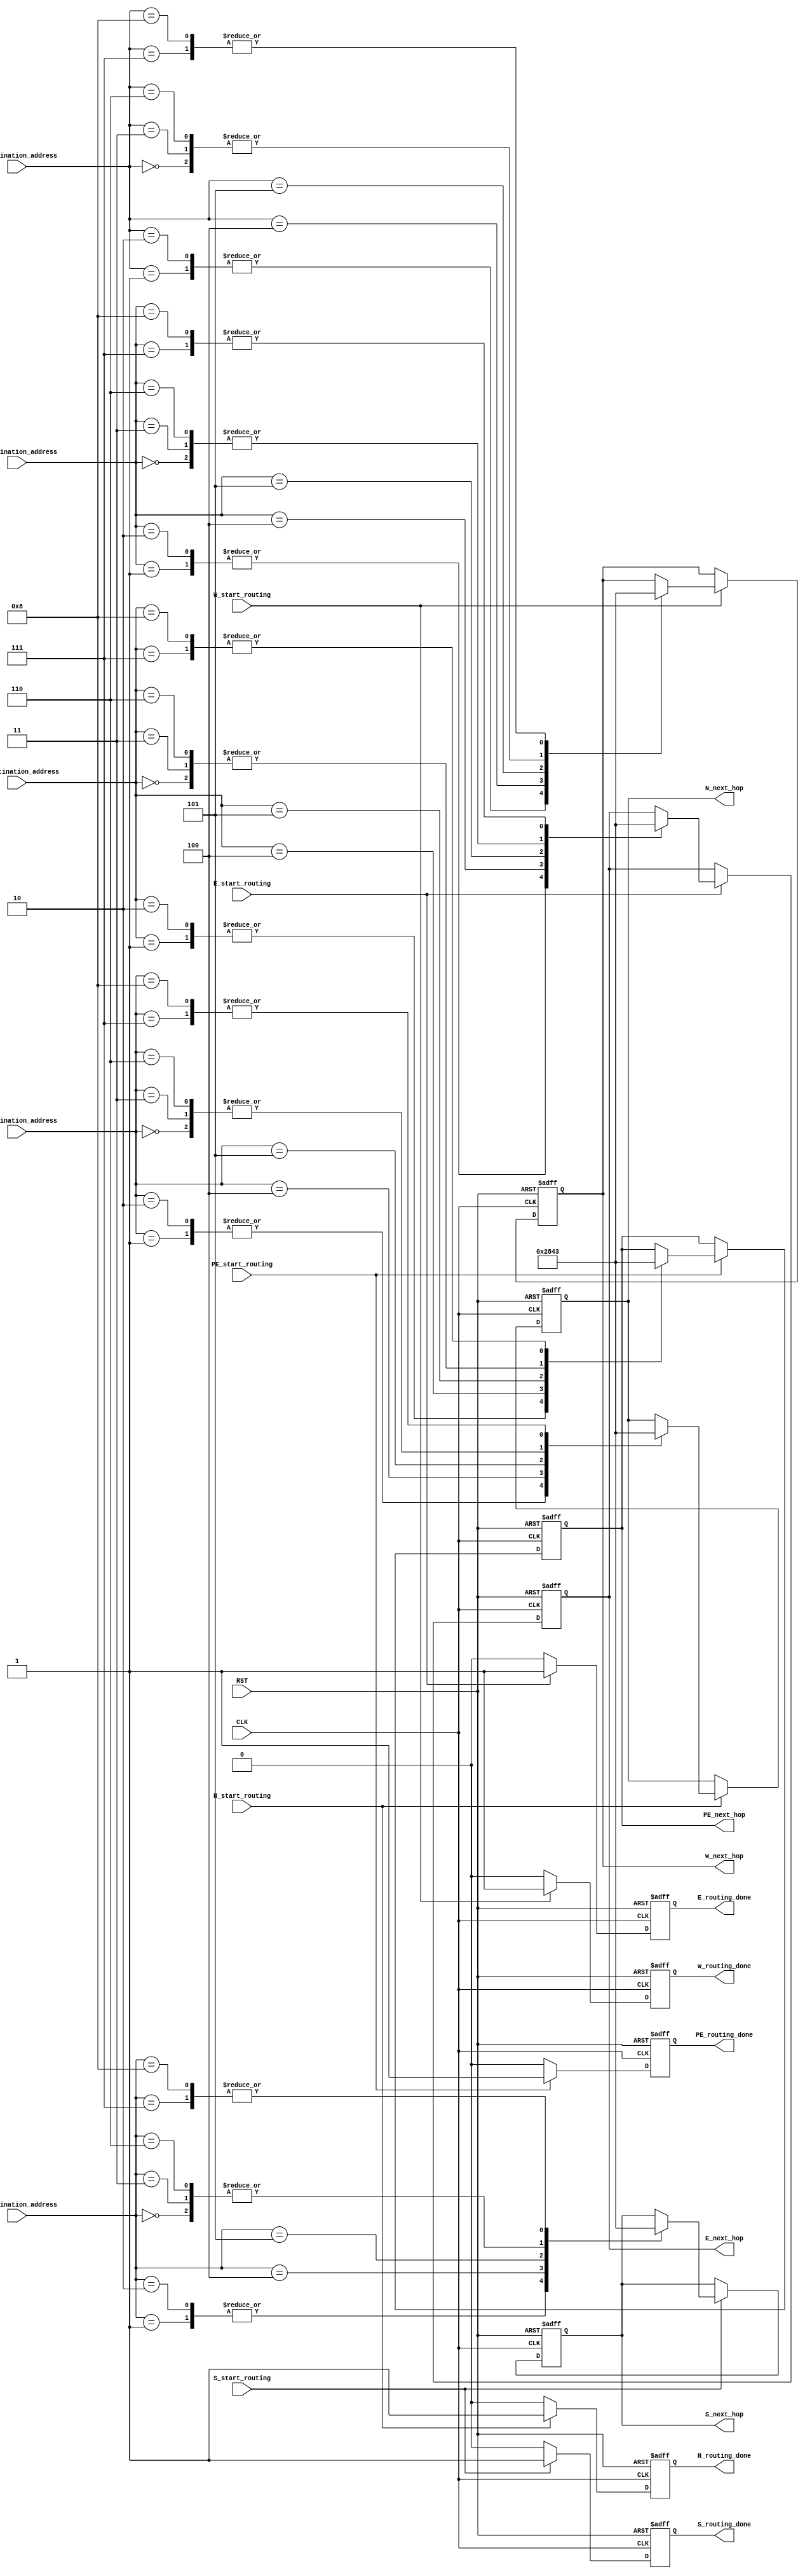
/* adresses for downsttram routers 
we have 5 outs so we need 3 bits
000 =>> west
001 =>>east
010 =>>north
011 =>>south 
100 =>> pe

routers in mesh network 
    0000 >> 0001 >> 0010
    ^^^    ^^^    ^^^
    0011 >> 0100 >> 0101
    ^^^    ^^^    ^^^
    0110 >> 0111 >> 1000
*/
module Routing_unit#(parameter current_router = 4'b0100)(
  input [3:0]      W_destination_address, 
  input [3:0]      E_destination_address,
  input [3:0]      N_destination_address,
  input [3:0]      S_destination_address,
  input [3:0]      PE_destination_address,
  input            CLK,RST,
  input            W_start_routing,
  output reg       W_routing_done,
  output reg [2:0]       W_next_hop,
  input            E_start_routing,
  output reg       E_routing_done,
  output reg [2:0]       E_next_hop,
  input            N_start_routing,
  output reg       N_routing_done,
  output reg [2:0]       N_next_hop,
  input            S_start_routing,
  output reg       S_routing_done,
  output reg [2:0]       S_next_hop,
  input            PE_start_routing,
  output reg       PE_routing_done,
  output reg [2:0]       PE_next_hop
);
/*
always@(posedge CLK or negedge RST)
begin
  if(!RST)
    begin
      _routing_done <= 0;
      _next_hop <= 3'b111;
    end
    else
      begin
        if(_start_routing)
          begin
            routing_done <= 1;
            case (current_router)
              4'b0000:
              begin
              case(destination_address)
                4'b0000:next_hop<= 3'b100 ;
                4'b0001:next_hop<= 3'b001 ;
                4'b0010:next_hop<= 3'b001 ;
                4'b0011:next_hop<= 3'b011 ;
                4'b0100:next_hop<= 3'b001 ;
                4'b0101:next_hop<= 3'b001 ;
                4'b0110:next_hop<= 3'b011 ;
                4'b0111:next_hop<= 3'b001 ;
                4'b1000:next_hop<= 3'b001 ;
              endcase 
                end
                4'b0001:
                begin
              case(destination_address)
                4'b0000:next_hop<= 3'b000 ;
                4'b0001:next_hop<= 3'b100 ;
                4'b0010:next_hop<= 3'b001 ;
                4'b0011:next_hop<= 3'b000 ;
                4'b0100:next_hop<= 3'b011 ;
                4'b0101:next_hop<= 3'b001 ;
                4'b0110:next_hop<= 3'b000 ;
                4'b0111:next_hop<= 3'b011 ;
                4'b1000:next_hop<= 3'b001 ;
              endcase 
                end
                4'b0010://22
                begin
              case(destination_address)
                4'b0000:next_hop<= 3'b000 ;
                4'b0001:next_hop<= 3'b000 ;
                4'b0010:next_hop<= 3'b100 ;
                4'b0011:next_hop<= 3'b000 ;
                4'b0100:next_hop<= 3'b000 ;
                4'b0101:next_hop<= 3'b011 ;
                4'b0110:next_hop<= 3'b000 ;
                4'b0111:next_hop<= 3'b000 ;
                4'b1000:next_hop<= 3'b011 ;
              endcase 
                 end
                4'b0011:
                begin
              case(destination_address)
                4'b0000:next_hop<= 3'b010 ;
                4'b0001:next_hop<= 3'b001 ;
                4'b0010:next_hop<= 3'b001 ;
                4'b0011:next_hop<= 3'b100 ;
                4'b0100:next_hop<= 3'b001 ;
                4'b0101:next_hop<= 3'b001 ;
                4'b0110:next_hop<= 3'b011 ;
                4'b0111:next_hop<= 3'b001 ;
                4'b1000:next_hop<= 3'b001 ;
              endcase 
                end
                4'b0100://11
                begin
              case(destination_address)
                4'b0000:next_hop<= 3'b000 ;
                4'b0001:next_hop<= 3'b010 ;
                4'b0010:next_hop<= 3'b010 ;
                4'b0011:next_hop<= 3'b000 ;
                4'b0100:next_hop<= 3'b100 ;
                4'b0101:next_hop<= 3'b001 ;
                4'b0110:next_hop<= 3'b000 ;
                4'b0111:next_hop<= 3'b011 ;
                4'b1000:next_hop<= 3'b011 ;
              endcase 
                    end
                4'b0101://21
                begin
              case(destination_address)
                4'b0000:next_hop<= 3'b000 ;
                4'b0001:next_hop<= 3'b000 ;
                4'b0010:next_hop<= 3'b010 ;
                4'b0011:next_hop<= 3'b000 ;
                4'b0100:next_hop<= 3'b000 ;
                4'b0101:next_hop<= 3'b100 ;
                4'b0110:next_hop<= 3'b000 ;
                4'b0111:next_hop<= 3'b000 ;
                4'b1000:next_hop<= 3'b011 ;
              endcase 
                  end
                4'b0110://00
                begin
              case(destination_address)
                4'b0000:next_hop<= 3'b010 ;
                4'b0001:next_hop<= 3'b001 ;
                4'b0010:next_hop<= 3'b001 ;
                4'b0011:next_hop<= 3'b010 ;
                4'b0100:next_hop<= 3'b001 ;
                4'b0101:next_hop<= 3'b001 ;
                4'b0110:next_hop<= 3'b100 ;
                4'b0111:next_hop<= 3'b001 ;
                4'b1000:next_hop<= 3'b001 ;
              endcase 
                  end
                4'b0111://10
                begin
              case(destination_address)
                4'b0000:next_hop<= 3'b000 ;
                4'b0001:next_hop<= 3'b010 ;
                4'b0010:next_hop<= 3'b001 ;
                4'b0011:next_hop<= 3'b000 ;
                4'b0100:next_hop<= 3'b010 ;
                4'b0101:next_hop<= 3'b001 ;
                4'b0110:next_hop<= 3'b000 ;
                4'b0111:next_hop<= 3'b100 ;
                4'b1000:next_hop<= 3'b001 ;
              endcase 
 end
                4'b1000://20
                begin
              case(destination_address)
                4'b0000:next_hop<= 3'b000 ;
                4'b0001:next_hop<= 3'b000 ;
                4'b0010:next_hop<= 3'b010 ;
                4'b0011:next_hop<= 3'b000 ;
                4'b0100:next_hop<= 3'b000 ;
                4'b0101:next_hop<= 3'b010 ;
                4'b0110:next_hop<= 3'b000 ;
                4'b0111:next_hop<= 3'b000 ;
                4'b1000:next_hop<= 3'b100 ;
              endcase 
 end
              endcase
            end
            else
        routing_done <= 0;
        
      end 
        
end
*/
/*******************************WEST ****************************/
always@(posedge CLK or negedge RST)
begin
  if(!RST)
    begin
      W_routing_done <= 0;
      W_next_hop <= 3'b111;
    end
    else
      begin
        if(W_start_routing)
          begin
            W_routing_done <= 1;
            case (current_router)
              4'b0000:
              begin
              case(W_destination_address)
                4'b0000:W_next_hop<= 3'b100 ;
                4'b0001:W_next_hop<= 3'b001 ;
                4'b0010:W_next_hop<= 3'b001 ;
                4'b0011:W_next_hop<= 3'b011 ;
                4'b0100:W_next_hop<= 3'b001 ;
                4'b0101:W_next_hop<= 3'b001 ;
                4'b0110:W_next_hop<= 3'b011 ;
                4'b0111:W_next_hop<= 3'b001 ;
                4'b1000:W_next_hop<= 3'b001 ;
              endcase 
                end
                4'b0001:
                begin
              case(W_destination_address)
                4'b0000:W_next_hop<= 3'b000 ;
                4'b0001:W_next_hop<= 3'b100 ;
                4'b0010:W_next_hop<= 3'b001 ;
                4'b0011:W_next_hop<= 3'b000 ;
                4'b0100:W_next_hop<= 3'b011 ;
                4'b0101:W_next_hop<= 3'b001 ;
                4'b0110:W_next_hop<= 3'b000 ;
                4'b0111:W_next_hop<= 3'b011 ;
                4'b1000:W_next_hop<= 3'b001 ;
              endcase 
                end
                4'b0010://22
                begin
              case(W_destination_address)
                4'b0000:W_next_hop<= 3'b000 ;
                4'b0001:W_next_hop<= 3'b000 ;
                4'b0010:W_next_hop<= 3'b100 ;
                4'b0011:W_next_hop<= 3'b000 ;
                4'b0100:W_next_hop<= 3'b000 ;
                4'b0101:W_next_hop<= 3'b011 ;
                4'b0110:W_next_hop<= 3'b000 ;
                4'b0111:W_next_hop<= 3'b000 ;
                4'b1000:W_next_hop<= 3'b011 ;
              endcase 
                 end
                4'b0011:
                begin
              case(W_destination_address)
                4'b0000:W_next_hop<= 3'b010 ;
                4'b0001:W_next_hop<= 3'b001 ;
                4'b0010:W_next_hop<= 3'b001 ;
                4'b0011:W_next_hop<= 3'b100 ;
                4'b0100:W_next_hop<= 3'b001 ;
                4'b0101:W_next_hop<= 3'b001 ;
                4'b0110:W_next_hop<= 3'b011 ;
                4'b0111:W_next_hop<= 3'b001 ;
                4'b1000:W_next_hop<= 3'b001 ;
              endcase 
                end
                4'b0100://11
                begin
              case(W_destination_address)
                4'b0000:W_next_hop<= 3'b000 ;
                4'b0001:W_next_hop<= 3'b010 ;
                4'b0010:W_next_hop<= 3'b010 ;
                4'b0011:W_next_hop<= 3'b000 ;
                4'b0100:W_next_hop<= 3'b100 ;
                4'b0101:W_next_hop<= 3'b001 ;
                4'b0110:W_next_hop<= 3'b000 ;
                4'b0111:W_next_hop<= 3'b011 ;
                4'b1000:W_next_hop<= 3'b011 ;
              endcase 
                    end
                4'b0101://21
                begin
              case(W_destination_address)
                4'b0000:W_next_hop<= 3'b000 ;
                4'b0001:W_next_hop<= 3'b000 ;
                4'b0010:W_next_hop<= 3'b010 ;
                4'b0011:W_next_hop<= 3'b000 ;
                4'b0100:W_next_hop<= 3'b000 ;
                4'b0101:W_next_hop<= 3'b100 ;
                4'b0110:W_next_hop<= 3'b000 ;
                4'b0111:W_next_hop<= 3'b000 ;
                4'b1000:W_next_hop<= 3'b011 ;
              endcase 
                  end
                4'b0110://00
                begin
              case(W_destination_address)
                4'b0000:W_next_hop<= 3'b010 ;
                4'b0001:W_next_hop<= 3'b001 ;
                4'b0010:W_next_hop<= 3'b001 ;
                4'b0011:W_next_hop<= 3'b010 ;
                4'b0100:W_next_hop<= 3'b001 ;
                4'b0101:W_next_hop<= 3'b001 ;
                4'b0110:W_next_hop<= 3'b100 ;
                4'b0111:W_next_hop<= 3'b001 ;
                4'b1000:W_next_hop<= 3'b001 ;
              endcase 
                  end
                4'b0111://10
                begin
              case(W_destination_address)
                4'b0000:W_next_hop<= 3'b000 ;
                4'b0001:W_next_hop<= 3'b010 ;
                4'b0010:W_next_hop<= 3'b001 ;
                4'b0011:W_next_hop<= 3'b000 ;
                4'b0100:W_next_hop<= 3'b010 ;
                4'b0101:W_next_hop<= 3'b001 ;
                4'b0110:W_next_hop<= 3'b000 ;
                4'b0111:W_next_hop<= 3'b100 ;
                4'b1000:W_next_hop<= 3'b001 ;
              endcase 
 end
                4'b1000://20
                begin
              case(W_destination_address)
                4'b0000:W_next_hop<= 3'b000 ;
                4'b0001:W_next_hop<= 3'b000 ;
                4'b0010:W_next_hop<= 3'b010 ;
                4'b0011:W_next_hop<= 3'b000 ;
                4'b0100:W_next_hop<= 3'b000 ;
                4'b0101:W_next_hop<= 3'b010 ;
                4'b0110:W_next_hop<= 3'b000 ;
                4'b0111:W_next_hop<= 3'b000 ;
                4'b1000:W_next_hop<= 3'b100 ;
              endcase 
 end
              endcase
            end
            else
        W_routing_done <= 0;
        
      end 
        
end
/*******************************EAST*************************/
always@(posedge CLK or negedge RST)
begin
  if(!RST)
    begin
      E_routing_done <= 0;
      E_next_hop <= 3'b111;
    end
    else
      begin
        if(E_start_routing)
          begin
            E_routing_done <= 1;
            case (current_router)
              4'b0000:
              begin
              case(E_destination_address)
                4'b0000:E_next_hop<= 3'b100 ;
                4'b0001:E_next_hop<= 3'b001 ;
                4'b0010:E_next_hop<= 3'b001 ;
                4'b0011:E_next_hop<= 3'b011 ;
                4'b0100:E_next_hop<= 3'b001 ;
                4'b0101:E_next_hop<= 3'b001 ;
                4'b0110:E_next_hop<= 3'b011 ;
                4'b0111:E_next_hop<= 3'b001 ;
                4'b1000:E_next_hop<= 3'b001 ;
              endcase 
                end
                4'b0001:
                begin
              case(E_destination_address)
                4'b0000:E_next_hop<= 3'b000 ;
                4'b0001:E_next_hop<= 3'b100 ;
                4'b0010:E_next_hop<= 3'b001 ;
                4'b0011:E_next_hop<= 3'b000 ;
                4'b0100:E_next_hop<= 3'b011 ;
                4'b0101:E_next_hop<= 3'b001 ;
                4'b0110:E_next_hop<= 3'b000 ;
                4'b0111:E_next_hop<= 3'b011 ;
                4'b1000:E_next_hop<= 3'b001 ;
              endcase 
                end
                4'b0010://22
                begin
              case(E_destination_address)
                4'b0000:E_next_hop<= 3'b000 ;
                4'b0001:E_next_hop<= 3'b000 ;
                4'b0010:E_next_hop<= 3'b100 ;
                4'b0011:E_next_hop<= 3'b000 ;
                4'b0100:E_next_hop<= 3'b000 ;
                4'b0101:E_next_hop<= 3'b011 ;
                4'b0110:E_next_hop<= 3'b000 ;
                4'b0111:E_next_hop<= 3'b000 ;
                4'b1000:E_next_hop<= 3'b011 ;
              endcase 
                 end
                4'b0011:
                begin
              case(E_destination_address)
                4'b0000:E_next_hop<= 3'b010 ;
                4'b0001:E_next_hop<= 3'b001 ;           
                4'b0010:E_next_hop<= 3'b001 ;
                4'b0011:E_next_hop<= 3'b100 ;
                4'b0100:E_next_hop<= 3'b001 ;
                4'b0101:E_next_hop<= 3'b001 ;
                4'b0110:E_next_hop<= 3'b011 ;
                4'b0111:E_next_hop<= 3'b001 ;
                4'b1000:E_next_hop<= 3'b001 ;
              endcase 
                end
                4'b0100://11
                begin
              case(E_destination_address)
                4'b0000:E_next_hop<= 3'b000 ;
                4'b0001:E_next_hop<= 3'b010 ;
                4'b0010:E_next_hop<= 3'b010 ;
                4'b0011:E_next_hop<= 3'b000 ;
                4'b0100:E_next_hop<= 3'b100 ;
                4'b0101:E_next_hop<= 3'b001 ;
                4'b0110:E_next_hop<= 3'b000 ;
                4'b0111:E_next_hop<= 3'b011 ;
                4'b1000:E_next_hop<= 3'b011 ;
              endcase 
                    end
                4'b0101://21
                begin
              case(E_destination_address)
                4'b0000:E_next_hop<= 3'b000 ;
                4'b0001:E_next_hop<= 3'b000 ;
                4'b0010:E_next_hop<= 3'b010 ;
                4'b0011:E_next_hop<= 3'b000 ;
                4'b0100:E_next_hop<= 3'b000 ;
                4'b0101:E_next_hop<= 3'b100 ;
                4'b0110:E_next_hop<= 3'b000 ;
                4'b0111:E_next_hop<= 3'b000 ;
                4'b1000:E_next_hop<= 3'b011 ;
              endcase 
                  end
                4'b0110://00
                begin
              case(E_destination_address)
                4'b0000:E_next_hop<= 3'b010 ;
                4'b0001:E_next_hop<= 3'b001 ;
                4'b0010:E_next_hop<= 3'b001 ;
                4'b0011:E_next_hop<= 3'b010 ;
                4'b0100:E_next_hop<= 3'b001 ;
                4'b0101:E_next_hop<= 3'b001 ;
                4'b0110:E_next_hop<= 3'b100 ;
                4'b0111:E_next_hop<= 3'b001 ;
                4'b1000:E_next_hop<= 3'b001 ;
              endcase 
                  end
                4'b0111://10
                begin
              case(E_destination_address)
                4'b0000:E_next_hop<= 3'b000 ;
                4'b0001:E_next_hop<= 3'b010 ;
                4'b0010:E_next_hop<= 3'b001 ;
                4'b0011:E_next_hop<= 3'b000 ;
                4'b0100:E_next_hop<= 3'b010 ;
                4'b0101:E_next_hop<= 3'b001 ;
                4'b0110:E_next_hop<= 3'b000 ;
                4'b0111:E_next_hop<= 3'b100 ;
                4'b1000:E_next_hop<= 3'b001 ;
              endcase 
 end
                4'b1000://20
                begin
              case(E_destination_address)
                4'b0000:E_next_hop<= 3'b000 ;
                4'b0001:E_next_hop<= 3'b000 ;
                4'b0010:E_next_hop<= 3'b010 ;
                4'b0011:E_next_hop<= 3'b000 ;
                4'b0100:E_next_hop<= 3'b000 ;
                4'b0101:E_next_hop<= 3'b010 ;
                4'b0110:E_next_hop<= 3'b000 ;
                4'b0111:E_next_hop<= 3'b000 ;
                4'b1000:E_next_hop<= 3'b100 ;
              endcase 
 end
              endcase
            end
            else
        E_routing_done <= 0;
        
      end 
        
end
/**********************************NORTH***********************************/
always@(posedge CLK or negedge RST)
begin
  if(!RST)
    begin
      N_routing_done <= 0;
      N_next_hop <= 3'b111;
    end
    else
      begin
        if(N_start_routing)
          begin
            N_routing_done <= 1;
            case (current_router)
              4'b0000:
              begin
              case(N_destination_address)
                4'b0000:N_next_hop<= 3'b100 ;
                4'b0001:N_next_hop<= 3'b001 ;
                4'b0010:N_next_hop<= 3'b001 ;
                4'b0011:N_next_hop<= 3'b011 ;
                4'b0100:N_next_hop<= 3'b001 ;
                4'b0101:N_next_hop<= 3'b001 ;
                4'b0110:N_next_hop<= 3'b011 ;
                4'b0111:N_next_hop<= 3'b001 ;
                4'b1000:N_next_hop<= 3'b001 ;
              endcase 
                end
                4'b0001:
                begin
              case(N_destination_address)
                4'b0000:N_next_hop<= 3'b000 ;
                4'b0001:N_next_hop<= 3'b100 ;
                4'b0010:N_next_hop<= 3'b001 ;
                4'b0011:N_next_hop<= 3'b000 ;
                4'b0100:N_next_hop<= 3'b011 ;
                4'b0101:N_next_hop<= 3'b001 ;
                4'b0110:N_next_hop<= 3'b000 ;
                4'b0111:N_next_hop<= 3'b011 ;
                4'b1000:N_next_hop<= 3'b001 ;
              endcase 
                end
                4'b0010://22
                begin
              case(N_destination_address)
                4'b0000:N_next_hop<= 3'b000 ;
                4'b0001:N_next_hop<= 3'b000 ;
                4'b0010:N_next_hop<= 3'b100 ;
                4'b0011:N_next_hop<= 3'b000 ;
                4'b0100:N_next_hop<= 3'b000 ;
                4'b0101:N_next_hop<= 3'b011 ;
                4'b0110:N_next_hop<= 3'b000 ;
                4'b0111:N_next_hop<= 3'b000 ;
                4'b1000:N_next_hop<= 3'b011 ;
              endcase 
                 end
                4'b0011:
                begin
              case(N_destination_address)
                4'b0000:N_next_hop<= 3'b010 ;
                4'b0001:N_next_hop<= 3'b001 ;
                4'b0010:N_next_hop<= 3'b001 ;
                4'b0011:N_next_hop<= 3'b100 ;
                4'b0100:N_next_hop<= 3'b001 ;
                4'b0101:N_next_hop<= 3'b001 ;
                4'b0110:N_next_hop<= 3'b011 ;
                4'b0111:N_next_hop<= 3'b001 ;
                4'b1000:N_next_hop<= 3'b001 ;
              endcase 
                end
                4'b0100://11
                begin
              case(N_destination_address)
                4'b0000:N_next_hop<= 3'b000 ;
                4'b0001:N_next_hop<= 3'b010 ;
                4'b0010:N_next_hop<= 3'b010 ;
                4'b0011:N_next_hop<= 3'b000 ;
                4'b0100:N_next_hop<= 3'b100 ;
                4'b0101:N_next_hop<= 3'b001 ;
                4'b0110:N_next_hop<= 3'b000 ;
                4'b0111:N_next_hop<= 3'b011 ;
                4'b1000:N_next_hop<= 3'b011 ;
              endcase 
                    end
                4'b0101://21
                begin
              case(N_destination_address)
                4'b0000:N_next_hop<= 3'b000 ;
                4'b0001:N_next_hop<= 3'b000 ;
                4'b0010:N_next_hop<= 3'b010 ;
                4'b0011:N_next_hop<= 3'b000 ;
                4'b0100:N_next_hop<= 3'b000 ;
                4'b0101:N_next_hop<= 3'b100 ;
                4'b0110:N_next_hop<= 3'b000 ;
                4'b0111:N_next_hop<= 3'b000 ;
                4'b1000:N_next_hop<= 3'b011 ;
              endcase 
                  end
                4'b0110://00
                begin
              case(N_destination_address)
                4'b0000:N_next_hop<= 3'b010 ;
                4'b0001:N_next_hop<= 3'b001 ;
                4'b0010:N_next_hop<= 3'b001 ;
                4'b0011:N_next_hop<= 3'b010 ;
                4'b0100:N_next_hop<= 3'b001 ;
                4'b0101:N_next_hop<= 3'b001 ;
                4'b0110:N_next_hop<= 3'b100 ;
                4'b0111:N_next_hop<= 3'b001 ;
                4'b1000:N_next_hop<= 3'b001 ;
              endcase 
                  end
                4'b0111://10
                begin
              case(N_destination_address)
                4'b0000:N_next_hop<= 3'b000 ;
                4'b0001:N_next_hop<= 3'b010 ;
                4'b0010:N_next_hop<= 3'b001 ;
                4'b0011:N_next_hop<= 3'b000 ;
                4'b0100:N_next_hop<= 3'b010 ;
                4'b0101:N_next_hop<= 3'b001 ;
                4'b0110:N_next_hop<= 3'b000 ;
                4'b0111:N_next_hop<= 3'b100 ;
                4'b1000:N_next_hop<= 3'b001 ;
              endcase 
 end
                4'b1000://20
                begin
              case(N_destination_address)
                4'b0000:N_next_hop<= 3'b000 ;
                4'b0001:N_next_hop<= 3'b000 ;
                4'b0010:N_next_hop<= 3'b010 ;
                4'b0011:N_next_hop<= 3'b000 ;
                4'b0100:N_next_hop<= 3'b000 ;
                4'b0101:N_next_hop<= 3'b010 ;
                4'b0110:N_next_hop<= 3'b000 ;
                4'b0111:N_next_hop<= 3'b000 ;
                4'b1000:N_next_hop<= 3'b100 ;
              endcase 
 end
              endcase
            end
            else
        N_routing_done <= 0;
        
      end 
        
end
/************************************SOUTH*******/
always@(posedge CLK or negedge RST)
begin
  if(!RST)
    begin
      S_routing_done <= 0;
      S_next_hop <= 3'b111;
    end
    else
      begin
        if(S_start_routing)
          begin
            S_routing_done <= 1;
            case (current_router)
              4'b0000:
              begin
              case(S_destination_address)
                4'b0000:S_next_hop<= 3'b100 ;
                4'b0001:S_next_hop<= 3'b001 ;
                4'b0010:S_next_hop<= 3'b001 ;
                4'b0011:S_next_hop<= 3'b011 ;
                4'b0100:S_next_hop<= 3'b001 ;
                4'b0101:S_next_hop<= 3'b001 ;
                4'b0110:S_next_hop<= 3'b011 ;
                4'b0111:S_next_hop<= 3'b001 ;
                4'b1000:S_next_hop<= 3'b001 ;
              endcase 
                end
                4'b0001:
                begin
              case(S_destination_address)
                4'b0000:S_next_hop<= 3'b000 ;
                4'b0001:S_next_hop<= 3'b100 ;
                4'b0010:S_next_hop<= 3'b001 ;
                4'b0011:S_next_hop<= 3'b000 ;
                4'b0100:S_next_hop<= 3'b011 ;
                4'b0101:S_next_hop<= 3'b001 ;
                4'b0110:S_next_hop<= 3'b000 ;
                4'b0111:S_next_hop<= 3'b011 ;
                4'b1000:S_next_hop<= 3'b001 ;
              endcase 
                end
                4'b0010://22
                begin
              case(S_destination_address)
                4'b0000:S_next_hop<= 3'b000 ;
                4'b0001:S_next_hop<= 3'b000 ;
                4'b0010:S_next_hop<= 3'b100 ;
                4'b0011:S_next_hop<= 3'b000 ;
                4'b0100:S_next_hop<= 3'b000 ;
                4'b0101:S_next_hop<= 3'b011 ;
                4'b0110:S_next_hop<= 3'b000 ;
                4'b0111:S_next_hop<= 3'b000 ;
                4'b1000:S_next_hop<= 3'b011 ;
              endcase 
                 end
                4'b0011:
                begin
              case(S_destination_address)
                4'b0000:S_next_hop<= 3'b010 ;
                4'b0001:S_next_hop<= 3'b001 ;
                4'b0010:S_next_hop<= 3'b001 ;
                4'b0011:S_next_hop<= 3'b100 ;
                4'b0100:S_next_hop<= 3'b001 ;
                4'b0101:S_next_hop<= 3'b001 ;
                4'b0110:S_next_hop<= 3'b011 ;
                4'b0111:S_next_hop<= 3'b001 ;
                4'b1000:S_next_hop<= 3'b001 ;
              endcase 
                end
                4'b0100://11
                begin
              case(S_destination_address)
                4'b0000:S_next_hop<= 3'b000 ;
                4'b0001:S_next_hop<= 3'b010 ;
                4'b0010:S_next_hop<= 3'b010 ;
                4'b0011:S_next_hop<= 3'b000 ;
                4'b0100:S_next_hop<= 3'b100 ;
                4'b0101:S_next_hop<= 3'b001 ;
                4'b0110:S_next_hop<= 3'b000 ;
                4'b0111:S_next_hop<= 3'b011 ;
                4'b1000:S_next_hop<= 3'b011 ;
              endcase 
                    end
                4'b0101://21
                begin
              case(S_destination_address)
                4'b0000:S_next_hop<= 3'b000 ;
                4'b0001:S_next_hop<= 3'b000 ;
                4'b0010:S_next_hop<= 3'b010 ;
                4'b0011:S_next_hop<= 3'b000 ;
                4'b0100:S_next_hop<= 3'b000 ;
                4'b0101:S_next_hop<= 3'b100 ;
                4'b0110:S_next_hop<= 3'b000 ;
                4'b0111:S_next_hop<= 3'b000 ;
                4'b1000:S_next_hop<= 3'b011 ;
              endcase 
                  end
                4'b0110://00
                begin
              case(S_destination_address)
                4'b0000:S_next_hop<= 3'b010 ;
                4'b0001:S_next_hop<= 3'b001 ;
                4'b0010:S_next_hop<= 3'b001 ;
                4'b0011:S_next_hop<= 3'b010 ;
                4'b0100:S_next_hop<= 3'b001 ;
                4'b0101:S_next_hop<= 3'b001 ;
                4'b0110:S_next_hop<= 3'b100 ;
                4'b0111:S_next_hop<= 3'b001 ;
                4'b1000:S_next_hop<= 3'b001 ;
              endcase 
                  end
                4'b0111://10
                begin
              case(S_destination_address)
                4'b0000:S_next_hop<= 3'b000 ;
                4'b0001:S_next_hop<= 3'b010 ;
                4'b0010:S_next_hop<= 3'b001 ;
                4'b0011:S_next_hop<= 3'b000 ;
                4'b0100:S_next_hop<= 3'b010 ;
                4'b0101:S_next_hop<= 3'b001 ;
                4'b0110:S_next_hop<= 3'b000 ;
                4'b0111:S_next_hop<= 3'b100 ;
                4'b1000:S_next_hop<= 3'b001 ;
              endcase 
 end
                4'b1000://20
                begin
              case(S_destination_address)
                4'b0000:S_next_hop<= 3'b000 ;
                4'b0001:S_next_hop<= 3'b000 ;
                4'b0010:S_next_hop<= 3'b010 ;
                4'b0011:S_next_hop<= 3'b000 ;
                4'b0100:S_next_hop<= 3'b000 ;
                4'b0101:S_next_hop<= 3'b010 ;
                4'b0110:S_next_hop<= 3'b000 ;
                4'b0111:S_next_hop<= 3'b000 ;
                4'b1000:S_next_hop<= 3'b100 ;
              endcase 
 end
              endcase
            end
            else
        S_routing_done <= 0;
        
      end 
        
end
/*********************************************************/
always@(posedge CLK or negedge RST)
begin
  if(!RST)
    begin
      PE_routing_done <= 0;
      PE_next_hop <= 3'b111;
    end
    else
      begin
        if(PE_start_routing)
          begin
            PE_routing_done <= 1;
            case (current_router)
              4'b0000:
              begin
              case(PE_destination_address)
                4'b0000:PE_next_hop<= 3'b100 ;
                4'b0001:PE_next_hop<= 3'b001 ;
                4'b0010:PE_next_hop<= 3'b001 ;
                4'b0011:PE_next_hop<= 3'b011 ;
                4'b0100:PE_next_hop<= 3'b001 ;
                4'b0101:PE_next_hop<= 3'b001 ;
                4'b0110:PE_next_hop<= 3'b011 ;
                4'b0111:PE_next_hop<= 3'b001 ;
                4'b1000:PE_next_hop<= 3'b001 ;
              endcase 
                end
                4'b0001:
                begin
              case(PE_destination_address)
                4'b0000:PE_next_hop<= 3'b000 ;
                4'b0001:PE_next_hop<= 3'b100 ;
                4'b0010:PE_next_hop<= 3'b001 ;
                4'b0011:PE_next_hop<= 3'b000 ;
                4'b0100:PE_next_hop<= 3'b011 ;
                4'b0101:PE_next_hop<= 3'b001 ;
                4'b0110:PE_next_hop<= 3'b000 ;
                4'b0111:PE_next_hop<= 3'b011 ;
                4'b1000:PE_next_hop<= 3'b001 ;
              endcase 
                end
                4'b0010://22
                begin
              case(PE_destination_address)
                4'b0000:PE_next_hop<= 3'b000 ;
                4'b0001:PE_next_hop<= 3'b000 ;
                4'b0010:PE_next_hop<= 3'b100 ;
                4'b0011:PE_next_hop<= 3'b000 ;
                4'b0100:PE_next_hop<= 3'b000 ;
                4'b0101:PE_next_hop<= 3'b011 ;
                4'b0110:PE_next_hop<= 3'b000 ;
                4'b0111:PE_next_hop<= 3'b000 ;
                4'b1000:PE_next_hop<= 3'b011 ;
              endcase 
                 end
                4'b0011:
                begin
              case(PE_destination_address)
                4'b0000:PE_next_hop<= 3'b010 ;
                4'b0001:PE_next_hop<= 3'b001 ;
                4'b0010:PE_next_hop<= 3'b001 ;
                4'b0011:PE_next_hop<= 3'b100 ;
                4'b0100:PE_next_hop<= 3'b001 ;
                4'b0101:PE_next_hop<= 3'b001 ;
                4'b0110:PE_next_hop<= 3'b011 ;
                4'b0111:PE_next_hop<= 3'b001 ;
                4'b1000:PE_next_hop<= 3'b001 ;
              endcase 
                end
                4'b0100://11
                begin
              case(PE_destination_address)
                4'b0000:PE_next_hop<= 3'b000 ;
                4'b0001:PE_next_hop<= 3'b010 ;
                4'b0010:PE_next_hop<= 3'b010 ;
                4'b0011:PE_next_hop<= 3'b000 ;
                4'b0100:PE_next_hop<= 3'b100 ;
                4'b0101:PE_next_hop<= 3'b001 ;
                4'b0110:PE_next_hop<= 3'b000 ;
                4'b0111:PE_next_hop<= 3'b011 ;
                4'b1000:PE_next_hop<= 3'b011 ;
              endcase 
                    end
                4'b0101://21
                begin
              case(PE_destination_address)
                4'b0000:PE_next_hop<= 3'b000 ;
                4'b0001:PE_next_hop<= 3'b000 ;
                4'b0010:PE_next_hop<= 3'b010 ;
                4'b0011:PE_next_hop<= 3'b000 ;
                4'b0100:PE_next_hop<= 3'b000 ;
                4'b0101:PE_next_hop<= 3'b100 ;
                4'b0110:PE_next_hop<= 3'b000 ;
                4'b0111:PE_next_hop<= 3'b000 ;
                4'b1000:PE_next_hop<= 3'b011 ;
              endcase 
                  end
                4'b0110://00
                begin
              case(PE_destination_address)
                4'b0000:PE_next_hop<= 3'b010 ;
                4'b0001:PE_next_hop<= 3'b001 ;
                4'b0010:PE_next_hop<= 3'b001 ;
                4'b0011:PE_next_hop<= 3'b010 ;
                4'b0100:PE_next_hop<= 3'b001 ;
                4'b0101:PE_next_hop<= 3'b001 ;
                4'b0110:PE_next_hop<= 3'b100 ;
                4'b0111:PE_next_hop<= 3'b001 ;
                4'b1000:PE_next_hop<= 3'b001 ;
              endcase 
                  end
                4'b0111://10
                begin
              case(PE_destination_address)
                4'b0000:PE_next_hop<= 3'b000 ;
                4'b0001:PE_next_hop<= 3'b010 ;
                4'b0010:PE_next_hop<= 3'b001 ;
                4'b0011:PE_next_hop<= 3'b000 ;
                4'b0100:PE_next_hop<= 3'b010 ;
                4'b0101:PE_next_hop<= 3'b001 ;
                4'b0110:PE_next_hop<= 3'b000 ;
                4'b0111:PE_next_hop<= 3'b100 ;
                4'b1000:PE_next_hop<= 3'b001 ;
              endcase 
 end
                4'b1000://20
                begin
              case(PE_destination_address)
                4'b0000:PE_next_hop<= 3'b000 ;
                4'b0001:PE_next_hop<= 3'b000 ;
                4'b0010:PE_next_hop<= 3'b010 ;
                4'b0011:PE_next_hop<= 3'b000 ;
                4'b0100:PE_next_hop<= 3'b000 ;
                4'b0101:PE_next_hop<= 3'b010 ;
                4'b0110:PE_next_hop<= 3'b000 ;
                4'b0111:PE_next_hop<= 3'b000 ;
                4'b1000:PE_next_hop<= 3'b100 ;
              endcase 
 end
              endcase
            end
            else
        PE_routing_done <= 0;
        
      end 
        
end




endmodule